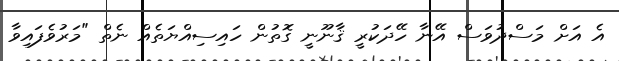
އެ އަށް މަސްދުވަސް އޭނާ ހޭދަކުރީ ޤާނޫނީ ގޮތުން ހައިސިއްޔަތެއް ނެތް "މަރުވެފައިވާ